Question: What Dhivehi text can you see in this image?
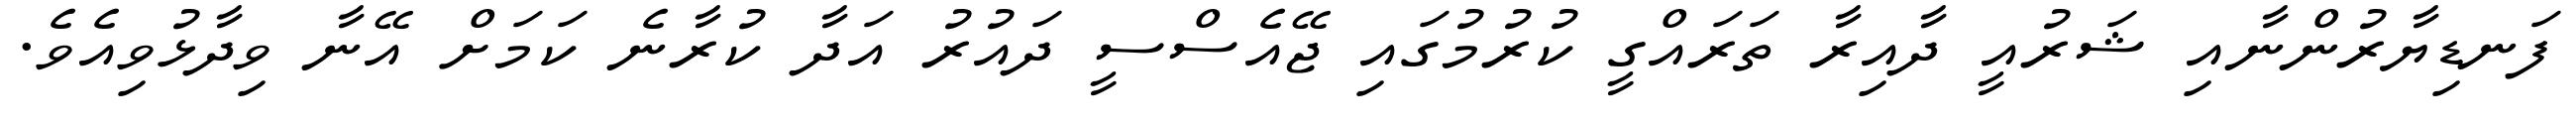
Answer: ފަނޑިޔާރުންނާއި ޝަރުއީ ދާއިރާ ތަރައްގީ ކުރުމުގައި ޖޭއެސްސީ ދައުރު އަދާ ކުރާނެ ކަމަށް އޭނާ ވިދާޅުވިއެވެ.